Annual report of lunatic asylums [Bombay] - 1912-1922
Year: 1912
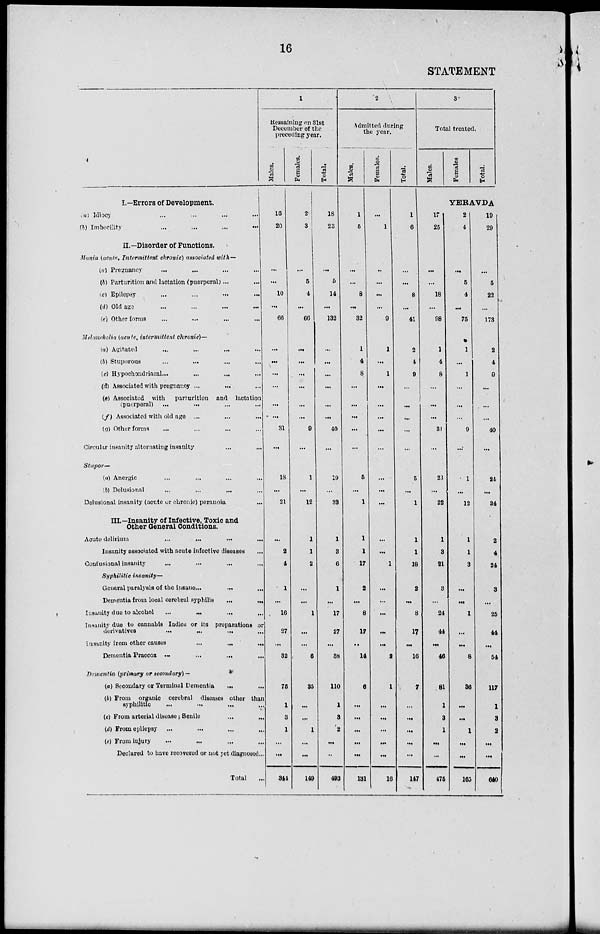
16
STATEMENT
I.—Errors of Development.
(a) Idiocy ... ... ... ...
(b) Imbecility
...
...
...
...
II.—Disorder of Functions.
Mania (acute, Intermittent chronic) associated with—
(a) Pregnancy ... ... ... ...
(b) Parturition and lactation (puerperal)... ...
(c) Epilepsy
...
...
...
...
(d) Old age ... ... ... ...
(e) Other forms ... ... ... ...
Melancholia (acute, intermittent chronic)—
(a) Agitated ... ... ... ...
(b) Stuporous ... ... ... ...
(c) Hypochondriacal...
...
...
...
(d) Associated with pregnancy ... ... ...
(b) Associated with parturition and lactation
(puerperal) ... ... ... ...
(f) Associated with old age ... ... ...
(g) Other forms ... ... ... ...
Circular insanity alternating insanity ... ...
Stupor—
(a) Anergic ... ... ... ...
(b) Delusional
...
...
...
...
Delusional insanity (acute or chronic) peranoia
...
III.—Insanity of Infective, Toxic and
Other General Conditions.
Acute delirium
...
...
...
...
Insanity associated with acute infective diseases ...
Confusional insanity ... ... ... ...
Syphilitic insanity—
General paralysis of the insane... ... ...
Dementia from local cerebral syphilis
...
...
Insanity due to alcohol
...
...
...
...
Insanity due to cannabis Indica or its preparations or
derivatives
...
...
...
...
Insanity from other causes
...
...
...
Dementia Praecox
...
...
...
...
Dementia (primary or secondary)—
(a) Secondary or Terminal Dementia ... ...
(b) From organic cerebral diseases other than
syphilitic ... ... ... ...
(c) From arterial disease; Senile ... ...
(d) From epilepsy ... ... ... ...
(e) From injury ... ... ... ...
Declared to have recovered or not yet diagnosed...
Total ...
1
Remaining on 31st
December of the
preceding year.
Males.
16
20
...
...
10
...
66
...
...
...
...
...
...
31
...
18
...
21
...
2
4
1
...
16
27
...
32
75
1
3
1
...
...
344
Females.
2
3
...
5
4
...
66
...
...
...
...
...
...
9
...
1
...
12
1
1
2
...
...
1
...
...
6
35
...
...
1
...
...
149
Total.
18
23
...
5
14
...
132
...
...
...
...
...
...
40
...
19
...
33
1
3
6
1
...
17
27
...
38
110
1
3
2
...
...
493
2
Admitted during
the year.
Males.
1
5
...
...
8
...
32
1
4
8
...
...
...
...
...
5
...
1
1
1
17
2
...
8
17
...
14
6
...
...
...
...
...
131
Females.
...
1
..
...
...
...
9
1
...
1
...
...
...
...
...
...
...
...
...
...
1
...
...
...
...
...
2
1
...
...
...
...
...
16
Total.
1
6
...
...
8
...
41
2
4
9
...
...
...
...
...
5
...
1
1
1
18
2
...
8
17
...
16
7
...
...
...
...
...
147
3
Total treated.
Males.
17
25
...
...
18
...
98
1
4
8
...
...
...
31
...
23
...
22
1
3
21
3
...
24
44
...
46
81
1
3
1
...
...
475
Females
Total.
YERAVDA
2
4
...
5
4
...
75
1
...
1
...
...
...
9
...
1
...
12
1
1
3
...
...
1
...
...
8
36
...
...
1
...
...
165
19
29
...
5
22
...
173
2
4
9
...
...
...
40
...
24
...
34
2
4
24
3
...
26
44
...
54
117
1
3
2
...
...
640